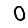
Digit: 0